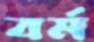
বর্ম